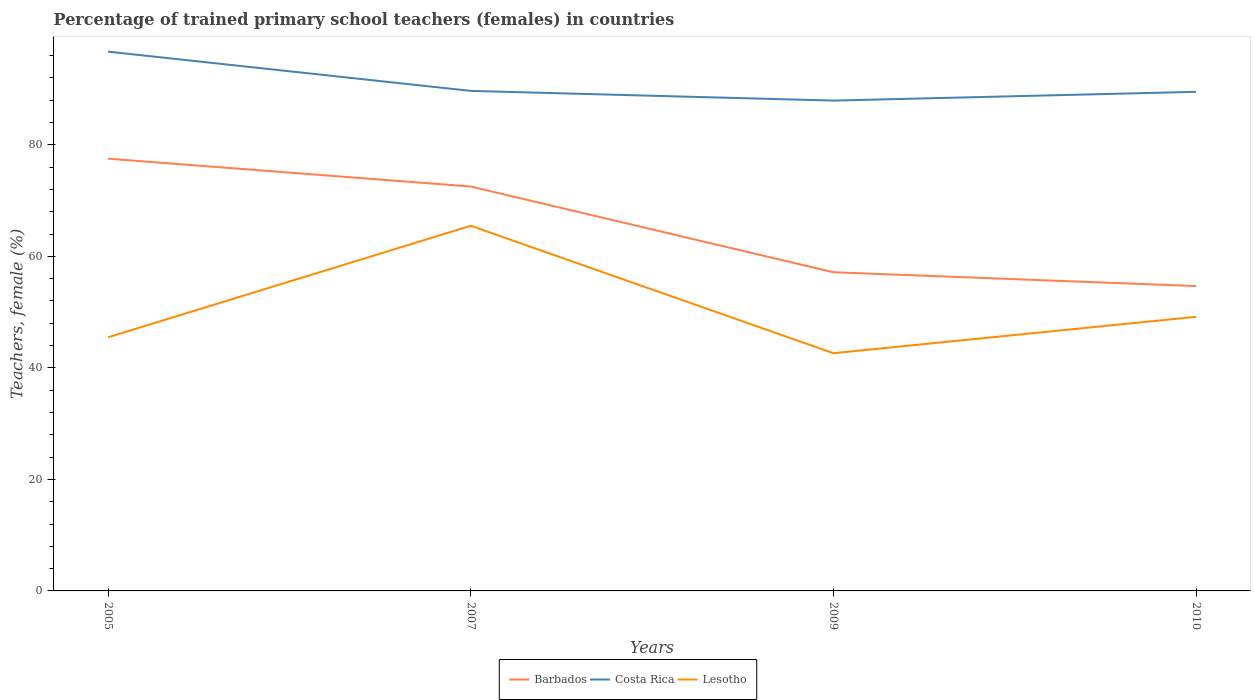
| Years | Barbados | Costa Rica | Lesotho |
 | --- | --- | --- | --- |
 | 2005 | 77.5 | 96.7 | 45.5 |
 | 2007 | 72.5 | 89.7 | 65.5 |
 | 2009 | 57.1 | 87.9 | 42.6 |
 | 2010 | 54.7 | 89.5 | 49.2 |